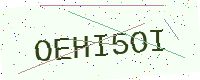
Text: OEHI5OI